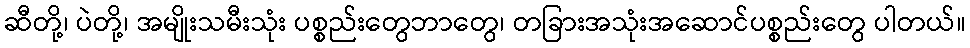
ဆီတို့၊ ပဲတို့၊ အမျိုးသမီးသုံး ပစ္စည်းတွေဘာတွေ၊ တခြားအသုံးအဆောင်ပစ္စည်းတွေ ပါတယ်။